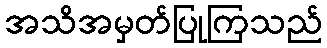
အသိအမှတ်ပြုကြသည်